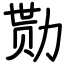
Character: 勚